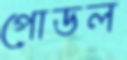
পোডল